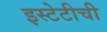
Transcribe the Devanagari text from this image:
इस्टेटीची